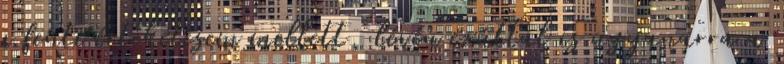
a fenti értékelésem mellett, lévén ezúttal is ugyanarra a